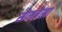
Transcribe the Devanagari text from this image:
सोमलेखा